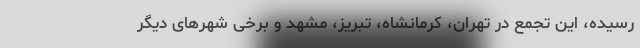
رسیده، این تجمع در تهران، کرمانشاه، تبریز، مشهد و برخی شهرهای دیگر